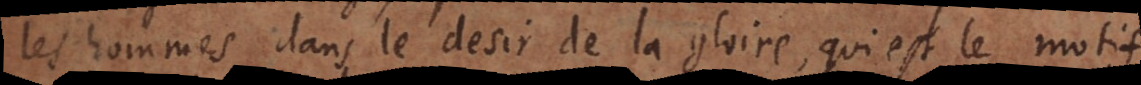
les hommes dans le desir de la gloire, qui est le motif